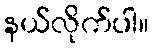
နယ်လိုက်ပါ။